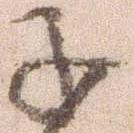
子